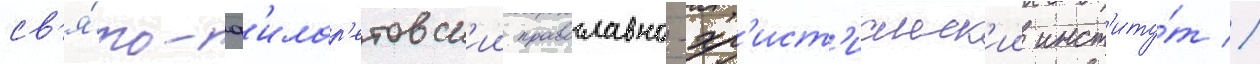
св'я́то-ф'илар'етовск'ии православно-хр'ист'ианск'ии инст'иту́т //